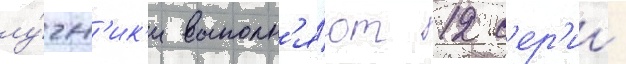
лу́чн'ик'и выполн'я́ют 12 с'ер'ии